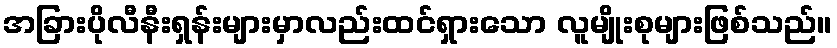
အခြားပိုလီနီးရှန်းများမှာလည်းထင်ရှားသော လူမျိုးစုများဖြစ်သည်။